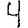
Digit: 4